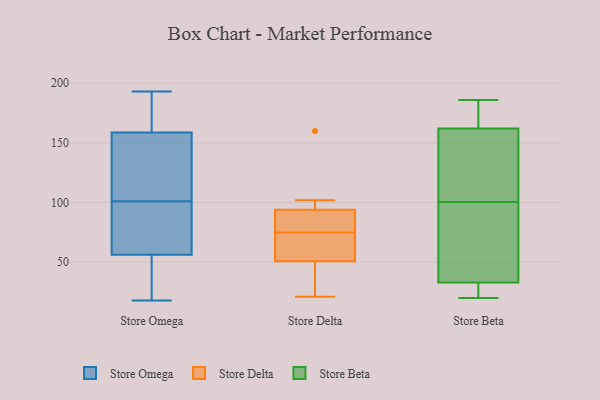
{"axis": {"x": "Temperature (°C)", "y": "Value"}, "legend": ["Store Beta", "Store Delta", "Store Omega"], "data": [{"x": "", "y": 73, "type": "Store Omega"}, {"x": "", "y": 149, "type": "Store Omega"}, {"x": "", "y": 178, "type": "Store Omega"}, {"x": "", "y": 18, "type": "Store Omega"}, {"x": "", "y": 26, "type": "Store Omega"}, {"x": "", "y": 87, "type": "Store Omega"}, {"x": "", "y": 141, "type": "Store Omega"}, {"x": "", "y": 101, "type": "Store Omega"}, {"x": "", "y": 79, "type": "Store Omega"}, {"x": "", "y": 45, "type": "Store Omega"}, {"x": "", "y": 111, "type": "Store Omega"}, {"x": "", "y": 54, "type": "Store Omega"}, {"x": "", "y": 158, "type": "Store Omega"}, {"x": "", "y": 180, "type": "Store Omega"}, {"x": "", "y": 161, "type": "Store Omega"}, {"x": "", "y": 57, "type": "Store Omega"}, {"x": "", "y": 193, "type": "Store Omega"}, {"x": "", "y": 85, "type": "Store Delta"}, {"x": "", "y": 21, "type": "Store Delta"}, {"x": "", "y": 31, "type": "Store Delta"}, {"x": "", "y": 71, "type": "Store Delta"}, {"x": "", "y": 97, "type": "Store Delta"}, {"x": "", "y": 44, "type": "Store Delta"}, {"x": "", "y": 79, "type": "Store Delta"}, {"x": "", "y": 75, "type": "Store Delta"}, {"x": "", "y": 160, "type": "Store Delta"}, {"x": "", "y": 71, "type": "Store Delta"}, {"x": "", "y": 102, "type": "Store Delta"}, {"x": "", "y": 20, "type": "Store Beta"}, {"x": "", "y": 22, "type": "Store Beta"}, {"x": "", "y": 162, "type": "Store Beta"}, {"x": "", "y": 162, "type": "Store Beta"}, {"x": "", "y": 20, "type": "Store Beta"}, {"x": "", "y": 77, "type": "Store Beta"}, {"x": "", "y": 177, "type": "Store Beta"}, {"x": "", "y": 77, "type": "Store Beta"}, {"x": "", "y": 139, "type": "Store Beta"}, {"x": "", "y": 137, "type": "Store Beta"}, {"x": "", "y": 186, "type": "Store Beta"}, {"x": "", "y": 33, "type": "Store Beta"}, {"x": "", "y": 109, "type": "Store Beta"}, {"x": "", "y": 92, "type": "Store Beta"}]}